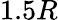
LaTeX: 1.5R